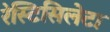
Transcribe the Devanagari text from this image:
रेस्टिसिलेटा